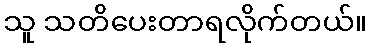
သူ သတိပေးတာရလိုက်တယ်။